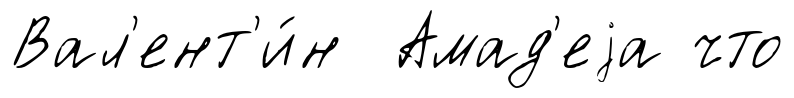
Вал'ент'и́н Амад'еjа что